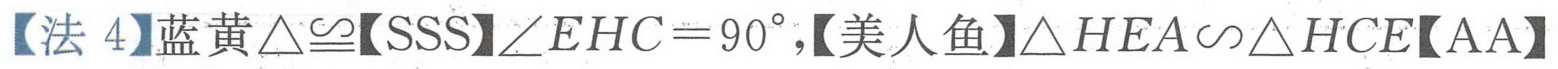
【法 4】蓝黄\(\triangle\cong\)【SSS】\(\angle EHC = 90^{\circ}\)，【美人鱼】\(\triangle HEA\sim\triangle HCE\)【AA】